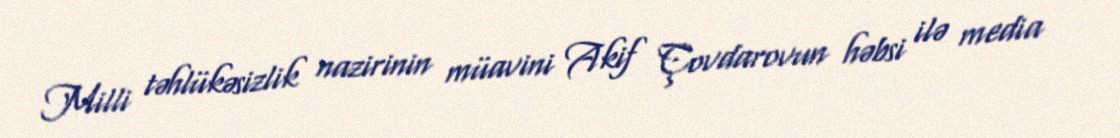
Milli təhlükəsizlik nazirinin müavini Akif Çovdarovun həbsi ilə media